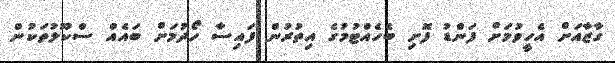
ގާޒާއަށް އެހީވުމަށް ފަންޑު ފޮށި ބެހެއްޓުމުގެ އިތުރުން ފައިސާ ހޯދުމަށް ބައެއް ސްކޫލުތަކުން